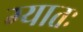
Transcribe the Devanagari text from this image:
ग्यातः